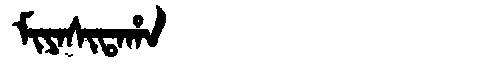
Manchu: ᠮᡳᠶᠠᠰᡳᡨᠠᡥᠠ
Romanization: MIYASITAHA